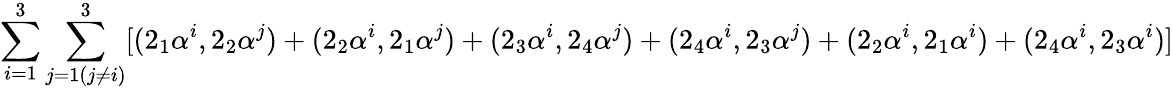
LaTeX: \sum_{i=1}^{3}\sum_{j=1(j\neq i)}^{3}[(2_{1}\alpha^{i},2_{2}\alpha^{j})+(2_{2}\alpha^{i},2_{1}\alpha^{j})+(2_{3}\alpha^{i},2_{4}\alpha^{j})+(2_{4}\alpha^{i},2_{3}\alpha^{j})+(2_{2}\alpha^{i},2_{1}\alpha^{i})+(2_{4}\alpha^{i},2_{3}\alpha^{i})]